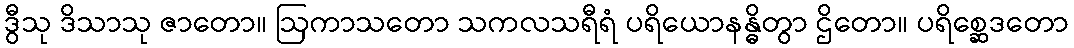
ဒွီသု ဒိသာသု ဇာတော။ ဩကာသတော သကလသရီရံ ပရိယောနန္ဓိတွာ ဌိတော။ ပရိစ္ဆေဒတော